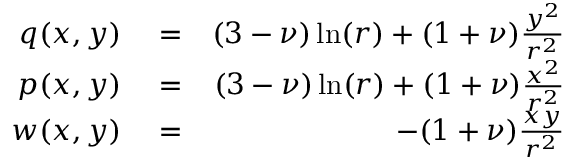
\begin{array} { r l r } { q ( x , y ) } & { { } = } & { ( 3 - \nu ) \ln ( r ) + ( 1 + \nu ) \frac { y ^ { 2 } } { r ^ { 2 } } } \\ { p ( x , y ) } & { { } = } & { ( 3 - \nu ) \ln ( r ) + ( 1 + \nu ) \frac { x ^ { 2 } } { r ^ { 2 } } } \\ { w ( x , y ) } & { { } = } & { - ( 1 + \nu ) \frac { x y } { r ^ { 2 } } } \end{array}